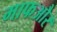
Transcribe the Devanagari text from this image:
माफऔर